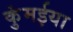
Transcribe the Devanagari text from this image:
कुंमईया